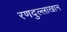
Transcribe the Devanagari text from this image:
रणदुल्लाखान